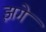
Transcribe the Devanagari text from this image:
झगे